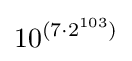
10^{(7\cdot 2^{103})}